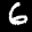
Label: 6